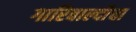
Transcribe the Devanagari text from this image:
गारिबाल्दीचा